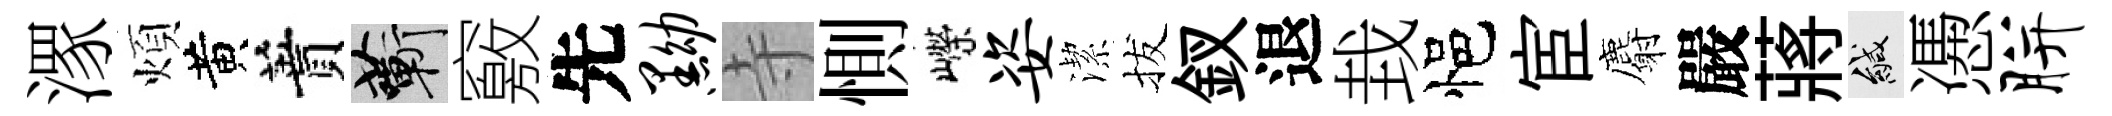
潈煩黄蕡蔪竅先黝寺惻嶸姿潔拔釵退㘽悒宦麝嚴蔣緘慿胼